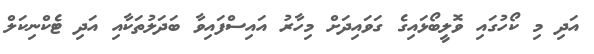
އަދި މި ކޯހުގައި ވޮލީބޯޅައިގެ ގަވައިދަށް މިހާރު އައިސްފައިވާ ބަދަލުތަކާއި އަދި ޓެކްނިކަލް